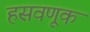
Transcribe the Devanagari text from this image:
हसवणूक